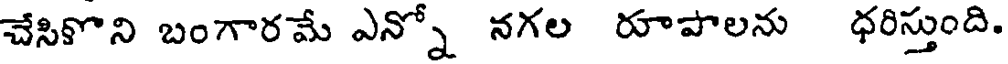
చేసికొని బంగారమే ఎన్నో నగల రూపాలను ధరిస్తుంది.